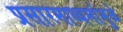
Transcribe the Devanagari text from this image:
प्रसारमाध्यमांमुळे